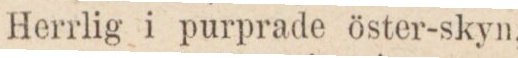
Herrlig i purprade öster-skyn,